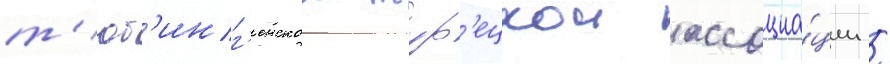
т'юб'инг'енскои тур'ецкои ассоциа́ции /